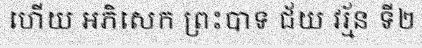
ហើយ អភិសេក ព្រះបាទ ជ័យ វរ្ម័ន ទី២